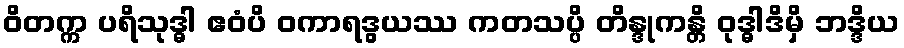
ဝိတက္က ပရိသုဒ္ဓါ ဧဝံပိ ဝကာရဒွယဿ ကတသပ္ပိ တိန္ဒုကန္တိ ဝုဒ္ဓါဒိမှိ ဘဒ္ဒိယ